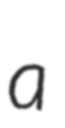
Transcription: a